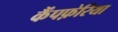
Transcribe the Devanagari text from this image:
कैंपफ़ेरिया